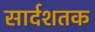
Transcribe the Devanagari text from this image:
सार्दशतक